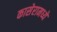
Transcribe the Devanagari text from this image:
कासेरामध्यें